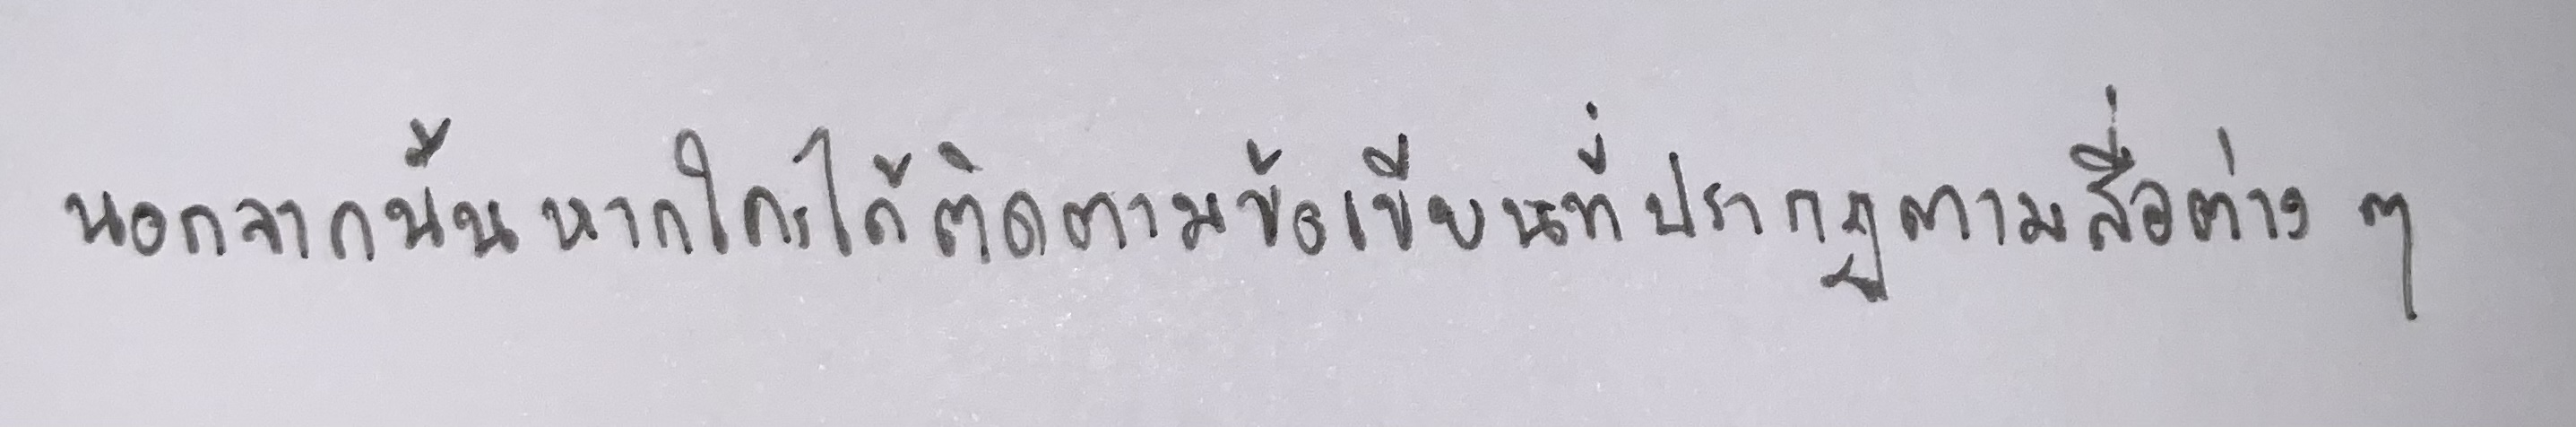
นอกจากนั้นหากใครได้ติดตามข้อเขียนที่ปรากฏตามสื่อต่างๆ